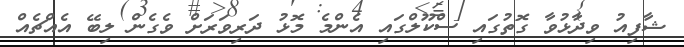
ޝާފިއު ވިދާޅުވާ ގޮތުގައި ސްކޫލްގައި އެންމެ މޮޅު ދަރިވަރަށް ވެގެން ލިބޭ އެއްޗެއް